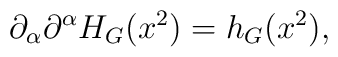
\partial_{\alpha}\partial^{\alpha} H_G(x^2) = h_G(x^2),